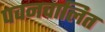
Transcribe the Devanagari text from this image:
पवनचालित